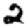
Digit: 2